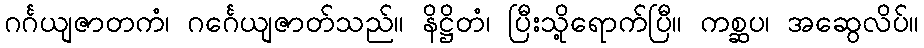
ဂင်္ဂယျဇာတကံ၊ ဂင်္ဂေယျဇာတ်သည်။ နိဋ္ဌိတံ၊ ပြီးသို့ရောက်ပြီ။ ကစ္ဆပ၊ အဆွေလိပ်။